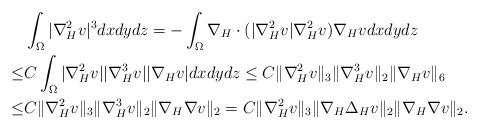
LaTeX: \begin{align*}&\int_\Omega|\nabla^2_Hv|^3dxdydz=-\int_\Omega\nabla_H\cdot(|\nabla_H^2v|\nabla_H^2v)\nabla_Hvdxdydz\\\leq&C\int_\Omega|\nabla_H^2v||\nabla_H^3v||\nabla_Hv|dxdydz\leq C\|\nabla_H^2v\|_3\|\nabla_H^3v\|_2\|\nabla_Hv\|_6\\\leq&C\|\nabla_H^2v\|_3\|\nabla_H^3v\|_2\|\nabla_H\nabla v\|_2=C\|\nabla_H^2v\|_3\|\nabla_H\Delta_Hv\|_2\|\nabla_H\nabla v\|_2.\end{align*}